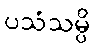
ပသံသမ္ပိ